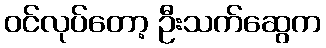
ဝင်လုပ်တော့ ဦးသက်ဆွေက